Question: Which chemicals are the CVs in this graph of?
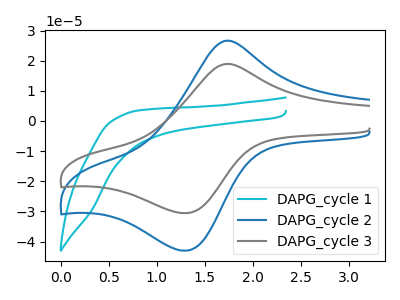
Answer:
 <answer>The cyan curve is labeled "DAPG_cycle 1". The blue curve is labeled "DAPG_cycle 2". The gray curve is labeled "DAPG_cycle 3".</answer>
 <eval></eval>